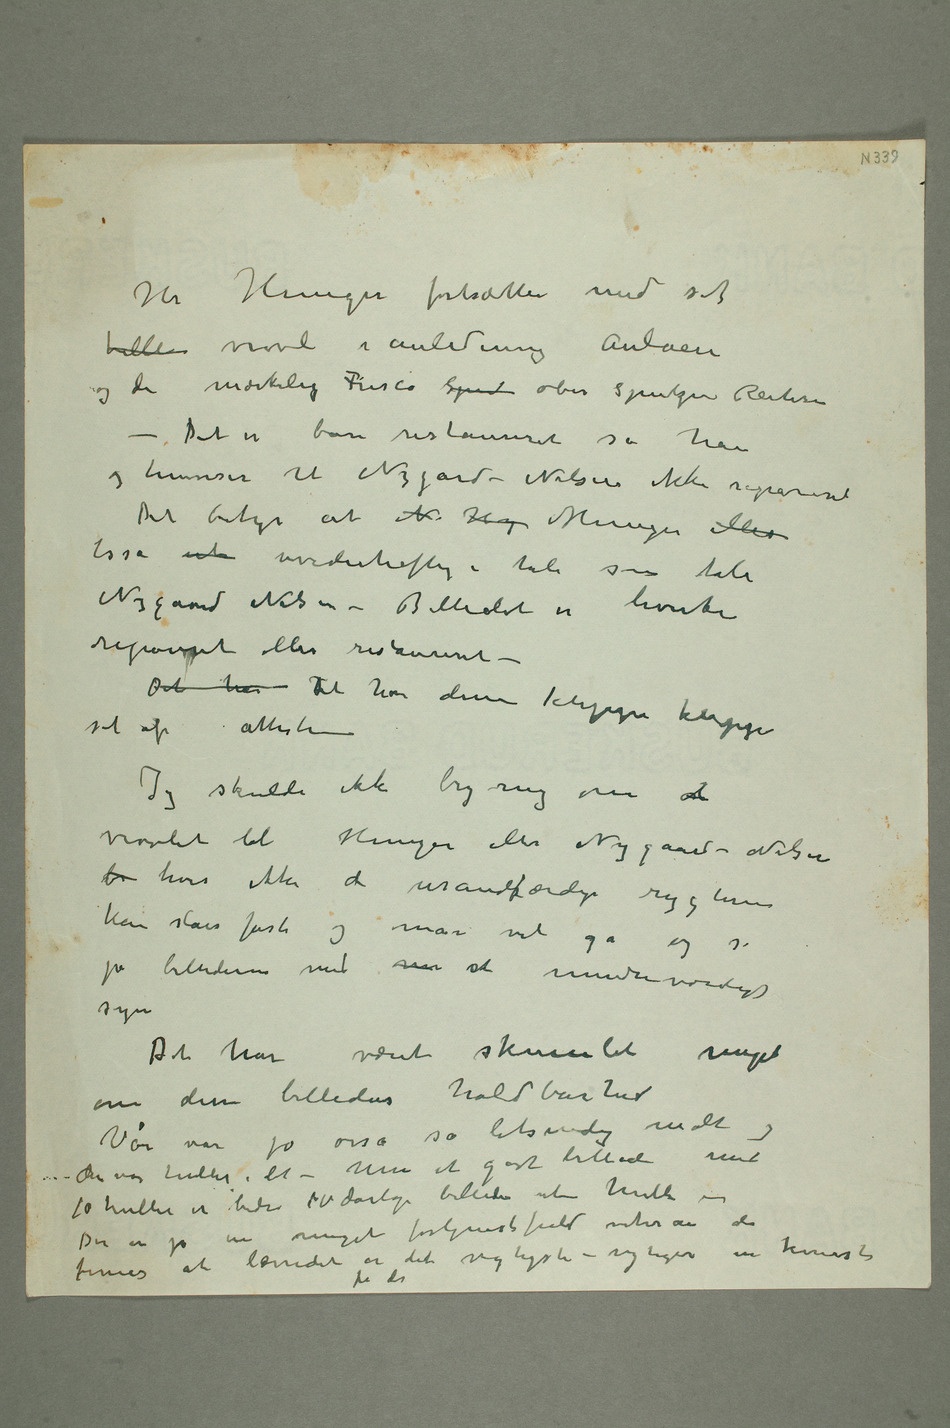
Hr Heniger fortsætter med sit
og de mærkelig Fresco Sput ober spitzen Reitere –
Det er bare restaureret sa han
og henviser til Nygaard-Nilsen ikke repareret
Det betyr at N H Heniger eller
lisså uh uvederheftig i tale som tale
Nygaard Nilsen – Billedet er hverken
repareret eller restaureret –
Det har Det har disse klippe klappe
set af attester
vrøvlet til Heniger eller Nygaard-Nilsen
b hvis ikke de usandsfærdige rygterne
kan slåes fast og man vil
gå og se
på billederne med  et mindreværdigt
syn
Det har været skumlet meget
om disse billeders holdbarhet
Vår var jo osså så letsindig malt og
der var huller i det – Men et godt billede med
10 huller er bedre 10 dårlige billeder uten huller –
finnes at lærredet er det vigtigste – vigtigere end kunsten
på det